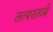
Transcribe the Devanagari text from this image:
तत्परतासे